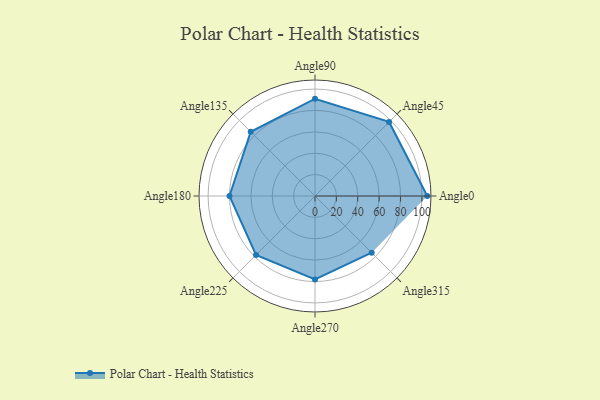
{"axis": {"x": "Angle", "y": "Radius"}, "legend": [""], "data": [{"x": "Angle0", "y": 105.0, "type": ""}, {"x": "Angle45", "y": 98.0, "type": ""}, {"x": "Angle90", "y": 91.0, "type": ""}, {"x": "Angle135", "y": 85.0, "type": ""}, {"x": "Angle180", "y": 80.0, "type": ""}, {"x": "Angle225", "y": 78.0, "type": ""}, {"x": "Angle270", "y": 78.0, "type": ""}, {"x": "Angle315", "y": 75.0, "type": ""}]}